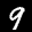
Label: 9